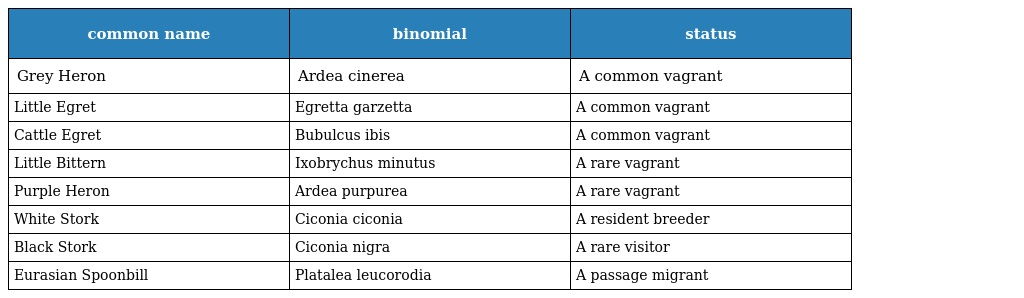
| common name | binomial | status |
 | --- | --- | --- |
 | Grey Heron | Ardea cinerea | A common vagrant |
 | Little Egret | Egretta garzetta | A common vagrant |
 | Cattle Egret | Bubulcus ibis | A common vagrant |
 | Little Bittern | Ixobrychus minutus | A rare vagrant |
 | Purple Heron | Ardea purpurea | A rare vagrant |
 | White Stork | Ciconia ciconia | A resident breeder |
 | Black Stork | Ciconia nigra | A rare visitor |
 | Eurasian Spoonbill | Platalea leucorodia | A passage migrant |